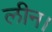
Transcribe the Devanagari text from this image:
लीन।